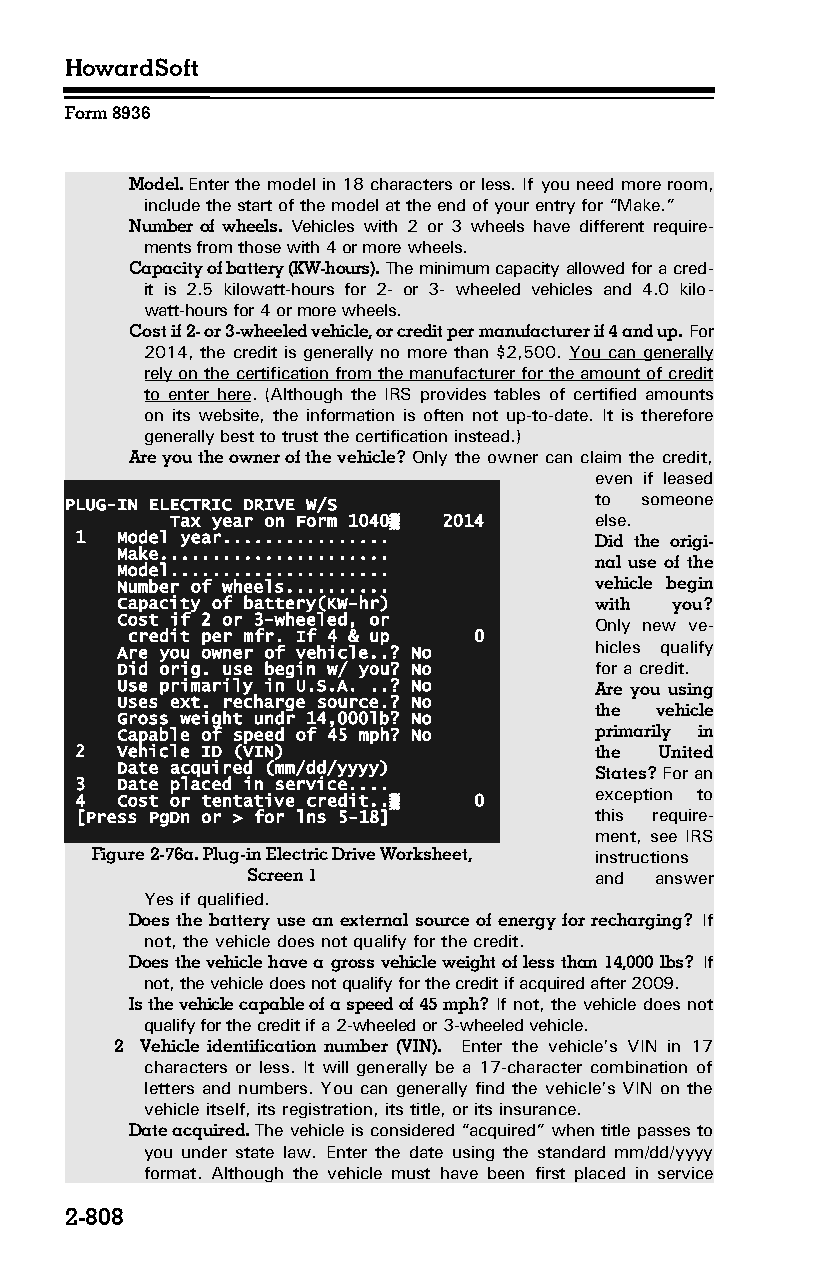
HowardSoft
 Form 8936
 Model. Enter the model in 18 characters or less. If you need more room,
 include the start of the model at the end of your entry for “Make.”
 Number of wheels. Vehicles with 2 or 3 wheels have different require­
 ments from those with 4 or more wheels.
 Capacity of battery (KW-hours). The minimum capacity allowed for a cred­
 it is 2.5 kilowatt-hours for 2- or 3- wheeled vehicles and 4.0 kilo­
 watt-hours for 4 or more wheels.
 Cost if 2- or 3-wheeled vehicle, or credit per manufacturer if 4 and up. For
 2014, the credit is generally no more than $2,500. You can generally
 rely on the certification from the manufacturer for the amount of credit
 to enter here. (Although the IRS provides tables of certified amounts
 on its website, the information is often not up-to-date. It is therefore
 generally best to trust the certification instead.)
 Are you the owner of the vehicle? Only the owner can claim the credit,
 even if leased
 PLUG-IN ELECTRIC DRIVE W/S         to someone
 Tax year on Form 1040▒ 2014 else.
 1  Model year................     Did the origi­
 Make......................
 nal use of the
 Model.....................
 Number of wheels..........     vehicle begin
 Capacity of battery(KW-hr)     with you?
 Cost if 2 or 3-wheeled, or     Only new ve­
 credit per mfr. If 4 & up 0
 Are you owner of vehicle..? No hicles qualify
 Did orig. use begin w/ you? No for a credit.
 Use primarily in U.S.A. ..? No Are you using
 Uses ext. recharge source.? No
 the vehicle
 Gross weight undr 14,000lb? No
 Capable of speed of 45 mph? No primarily in
 2  Vehicle ID (VIN)               the  United
 Date acquired (mm/dd/yyyy)     States? For an
 3  Date placed in service....
 exception to
 4  Cost or tentative credit..▒ 0
 [Press PgDn or > for lns 5-18]    this require­
 ment, see IRS
 Figure 2-76a. Plug-in Electric Drive Worksheet, instructions
 Screen 1               and answer
 Yes if qualified.
 Does the battery use an external source of energy for recharging? If
 not, the vehicle does not qualify for the credit.
 Does the vehicle have a gross vehicle weight of less than 14,000 lbs? If
 not, the vehicle does not qualify for the credit if acquired after 2009.
 Is the vehicle capable of a speed of 45 mph? If not, the vehicle does not
 qualify for the credit if a 2-wheeled or 3-wheeled vehicle.
 2 Vehicle identification number (VIN). Enter the vehicle’s VIN in 17
 characters or less. It will generally be a 17-character combination of
 letters and numbers. You can generally find the vehicle’s VIN on the
 vehicle itself, its registration, its title, or its insurance.
 Date acquired. The vehicle is considered “acquired” when title passes to
 you under state law. Enter the date using the standard mm/dd/yyyy
 format. Although the vehicle must have been first placed in service
 2-808